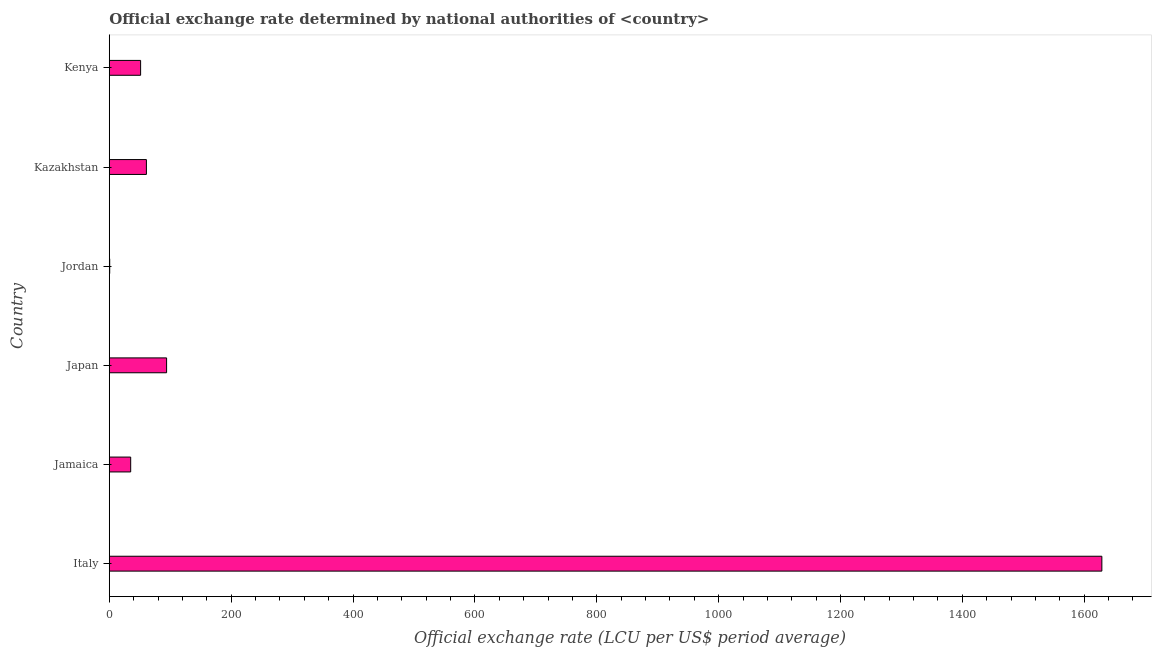
| Country | Official exchange rate |
 | --- | --- |
 | Italy | 1.63e+03 |
 | Jamaica | 35.1 |
 | Japan | 94.1 |
 | Jordan | 0.7 |
 | Kazakhstan | 61 |
 | Kenya | 51.4 |